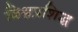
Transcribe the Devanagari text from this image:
विश्वप्रशिद्ध